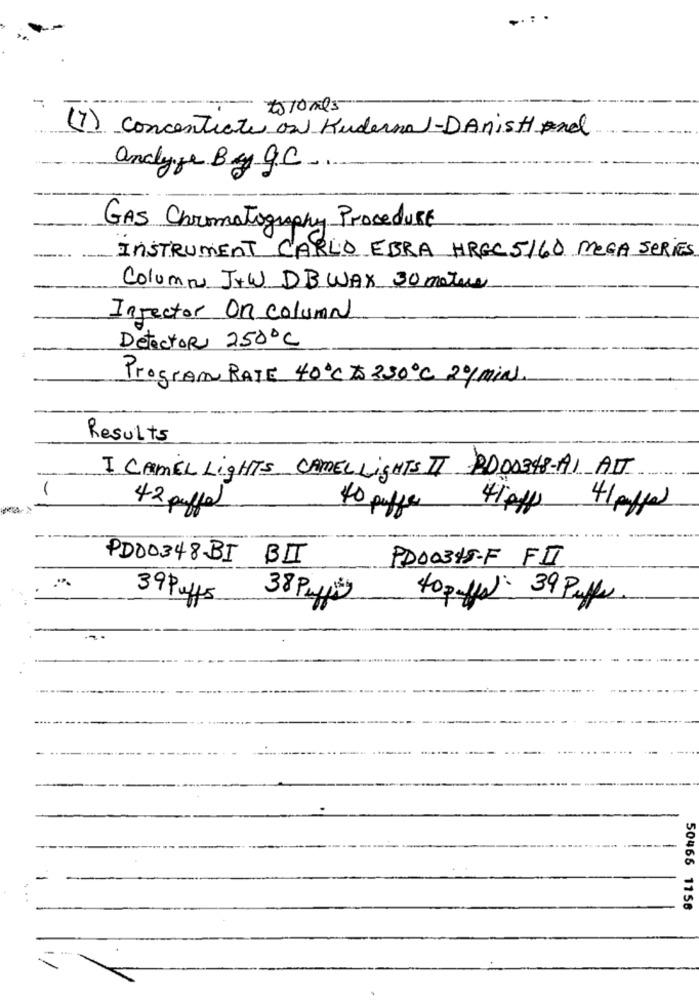
210mls
(7) concentrate on Kunderna 1-DanisHand
analyse By g.C
GAS Chromatography Procedure
INSTRUMENT CARLO EBRA HREC 5160 MEGA SERIES
Column JtW DB WAX 30 metres
Injector On column
Detector 2500℃
Program RATE 40℃ to 230º℃ 2º/min.
Results
I CAMEL Lights CAMEL Lights II BODA348-AI AIT
42 puffet
40 puffe
4104
41 puffe)
PD00348-BI BII
PD00345-F FII
39 Puffs
38 Pulpity
40 puffs): 39 Puffer
50466 1156